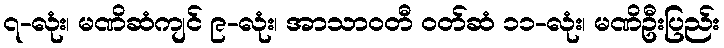
၇-လုံး၊ မဏိဆံကျင် ၉-လုံး၊ အာသာဝတီ ဝတ်ဆံ ၁၁-လုံး၊ မဏိဦးပြည်း